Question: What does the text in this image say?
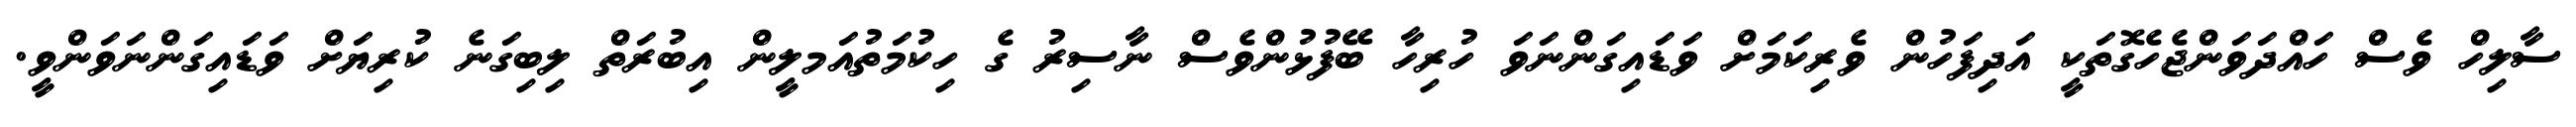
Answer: ސާލިހް ވެސް ހައްދަވަންޖެހެގޮތަކީ އަދިފަހުން ވެރިކަމަށް ވަޑައިގަންނަވަ ހުރިހާ ބޭފުޅުންވެސް ނާސިރު ގެ ހިކުމަތުއަމލީން އިބުރަތް ލިބިގަނެ ކުރިޔަށް ވަޑައިގަންނަވަންވީ.